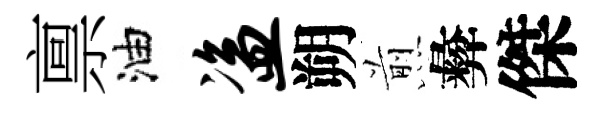
禀油盗朔煎彜傑